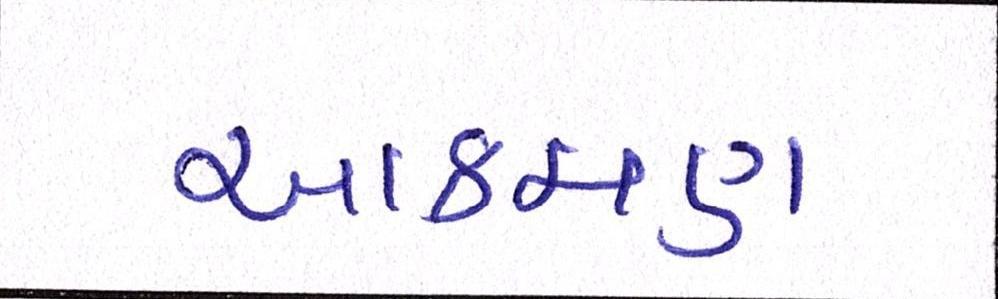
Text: આક્રમણ